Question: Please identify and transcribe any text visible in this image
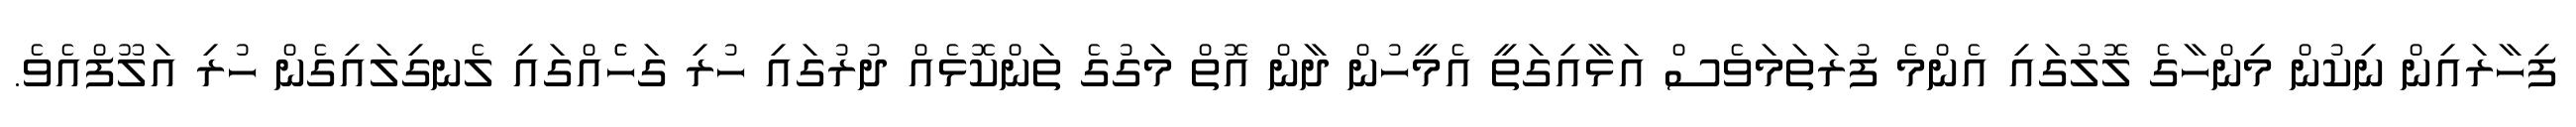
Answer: ފިހާރައިން ނިކުން މިންހާގެ ލޮލުގައި އެންމެ ފުރަތަމަވެސް އަޅާއިގަތީ އެމީހުން ދާން އޮތް މަގުގެ ތަންކޮޅެއް ދުރުގައި ހުރި ގަހެެއްގައި ލެނގިލައިގެން ހުރި އަލޫފްއެވެ.